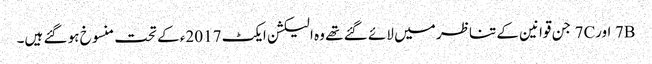
7B اور7C جن قوانین کے تناظر میں لائے گئے تھے وہ الیکشن ایکٹ 2017ء کے تحت منسوخ ہو گئے ہیں۔